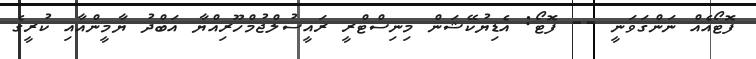
ފޮޓޯއެއް ނަންގަވަނީ -- ފޮޓޯ: އެޑިޔުކޭޝަން މިނިސްޓްރީ ރައީސުލްޖުމްހޫރިއްޔާ އަބްދު ޔާމީންއާއި ކުރީގެ